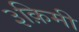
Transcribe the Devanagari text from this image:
३क़िमी